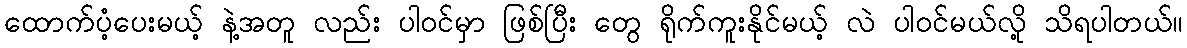
ထောက်ပံ့ပေးမယ့် နဲ့အတူ လည်း ပါဝင်မှာ ဖြစ်ပြီး တွေ ရိုက်ကူးနိုင်မယ့် လဲ ပါဝင်မယ်လို့ သိရပါတယ်။